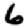
Digit: 6